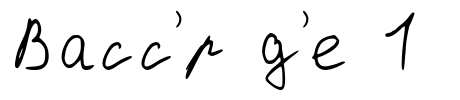
Васс'́р д'е 1